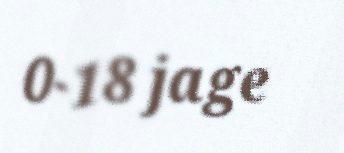
0-18 jage